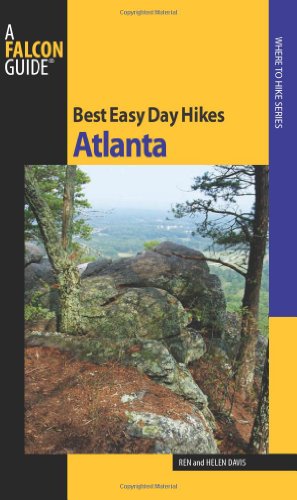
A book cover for Best Easy Day Hikes Atlanta (Best Easy Day Hikes Series); Render Davis; Travel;